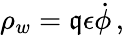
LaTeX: \rho_{w}=\mathfrak{q}\epsilon{\dot{{\phi}}}\, ,